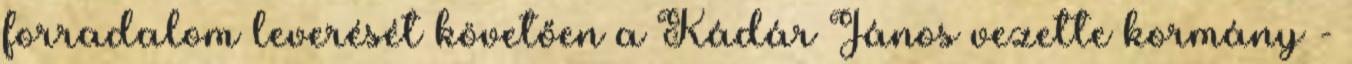
forradalom leverését követően a Kádár János vezette kormány -